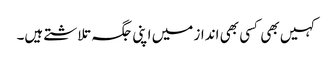
کہیں بھی کسی بھی انداز میں اپنی جگہ تلاشتے ہیں۔